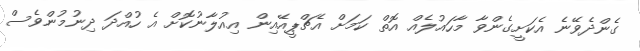
ގެންދެވޭނެ އެކަށީގެންވާ މާހައުލެއް އޮތް ކަމަށް އެޗްޕީއޭއިން އިއުލާނުކޮށް އެ ހުއްދަ ދިނުމުންވެސް